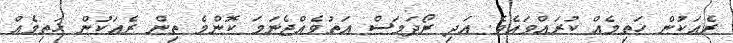
ރެއަކުން ޚަތިމެއް ކުރައްވައެވެ. އަދި ރޯދަމަސް އަތުވެއްޖެނަމަ ކޮންމެ ތިން ރެއަކުން ޚަތިމެއް